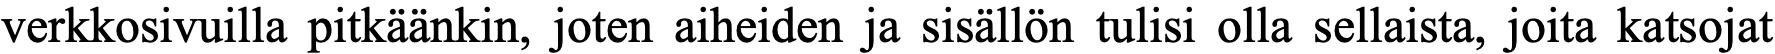
verkkosivuilla pitkäänkin, joten aiheiden ja sisällön tulisi olla sellaista, joita katsojat